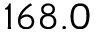
1 6 8 . 0